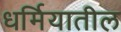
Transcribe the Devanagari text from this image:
धर्मियातील